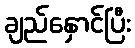
ချည်နှောင်ပြီး